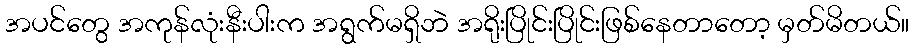
အပင်တွေ အကုန်လုံးနီးပါးက အရွက်မရှိဘဲ အရိုးပြိုင်းပြိုင်းဖြစ်နေတာတော့ မှတ်မိတယ်။